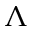
\Lambda